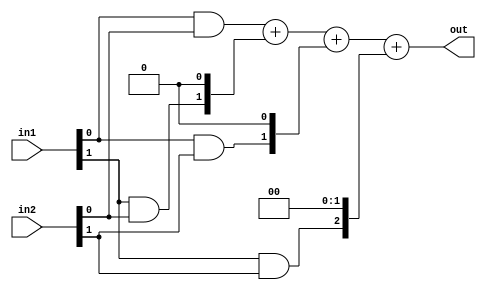
`timescale 1ns / 1ps
//////////////////////////////////////////////////////////////////////////////////
// Company: 
// Engineer: 
// 
// Design Name: 
// Module Name:    bit_2_vedic 
// Project Name: 
// Target Devices: 
// Tool versions: 
// Description: 
//
// Dependencies: 
//
// Revision: 
// Revision 0.01 - File Created
// Additional Comments: 
//
//////////////////////////////////////////////////////////////////////////////////
module bit_2_vedic(in1,in2,out);

input [1:0] in1,in2;
output [3:0] out;

wire pp1,pp2,pp3,pp4;

assign pp1=in1[0]&in2[0];
assign pp2=in1[1]&in2[0];
assign pp3=in1[0]&in2[1];
assign pp4=in1[1]&in2[1];
assign out=pp1+{pp2,1'b0}+{pp3,1'b0}+{pp4,2'b00};

endmodule